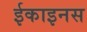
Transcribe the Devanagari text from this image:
ईकाइनस